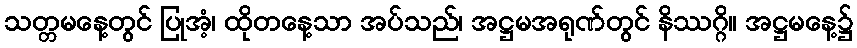
သတ္တမနေ့တွင် ပြုအံ့၊ ထိုတနေ့သာ အပ်သည်၊ အဋ္ဌမအရုဏ်တွင် နိဿဂ္ဂိ။ အဋ္ဌမနေ့၌